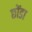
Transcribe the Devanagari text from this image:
छोंडा